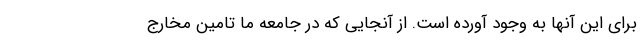
برای این آنها به وجود آورده است. از آنجایی که در جامعه ما تامین مخارج